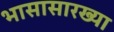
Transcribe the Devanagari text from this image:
भासासारख्या